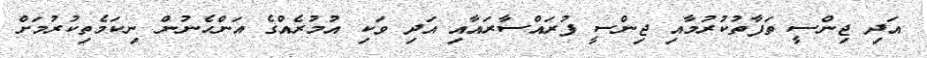
އަދި ޖިންސީ ތަފާތުކުރުމާއި ޖިންސީ ފުރައްސާރައާއި އަދި ވަކި އުމުރެއްގެ އަންހެނުން ނިކަމެތިކުރުމަށް